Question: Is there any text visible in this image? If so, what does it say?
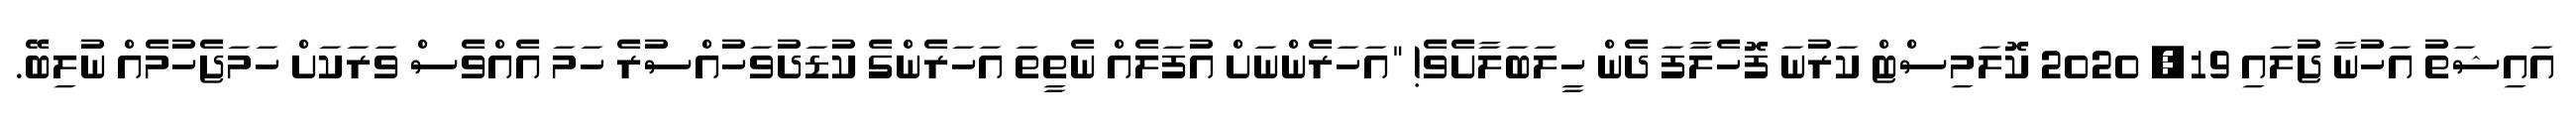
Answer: އައިޝަތު އަހުނާ ޖުލައި 19, 2020 ކޮލަމިސްޓް ކަރުނަ ފޮހެލާފަ ދެން ހީލަބަލާށެވެ! "އަހަރެންނަށް އުފަލެއް ނެތީތަ އަހަރެންގެ ކުޑަދުވަހުއްސުރެ ހަމަ އެއްވެސް ވަރަކަށް ހަމަޖެހުމެއް ނުލިބޭ.